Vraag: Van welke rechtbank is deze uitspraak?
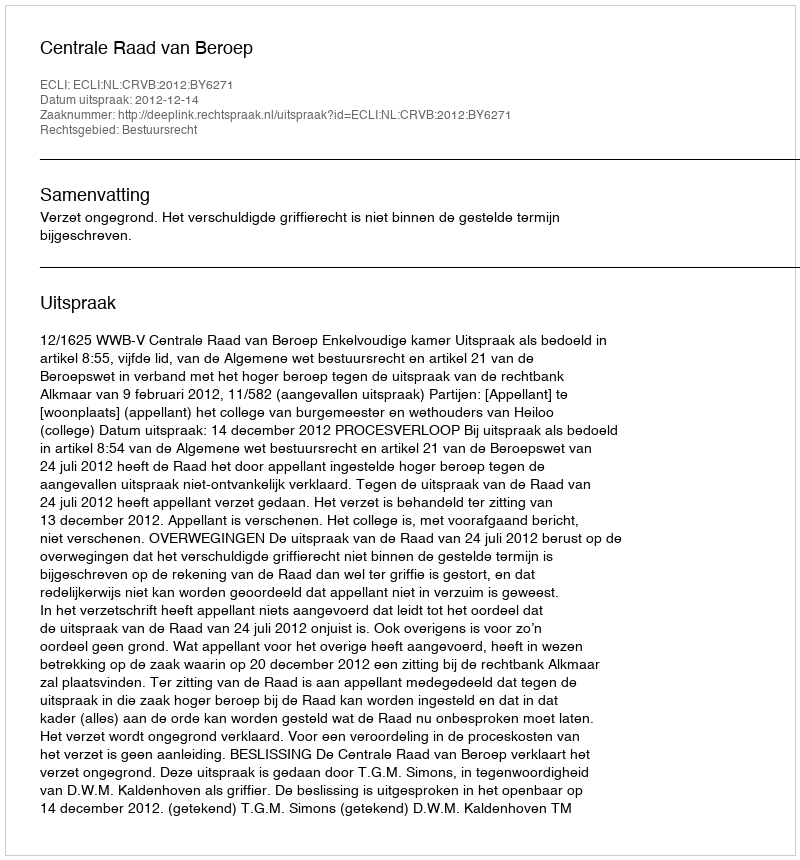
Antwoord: Centrale Raad van Beroep